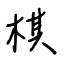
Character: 棋